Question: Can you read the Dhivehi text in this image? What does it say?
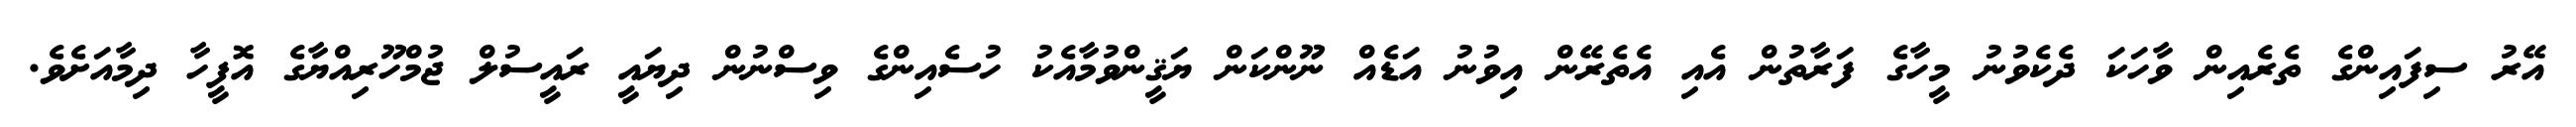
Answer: އޭރު ސިފައިންގެ ތެރެއިން ވާހަކަ ދެކެވުނު މީހާގެ ފަރާތުން އެއި އެތެރޭން އިވުނު އަޑެއް ނޫންކަން ޔަޤީންވުމާއެކު ހުސެއިންގެ ވިސްނުން ދިޔައީ ރައީސުލް ޖުމްހޫރިއްޔާގެ އޮފީހާ ދިމާއަށެވެ.